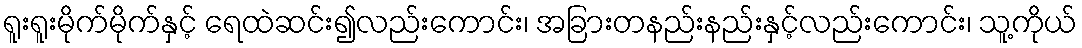
ရူးရူးမိုက်မိုက်နှင့် ရေထဲဆင်း၍လည်းကောင်း၊ အခြားတနည်းနည်းနှင့်လည်းကောင်း၊ သူ့ကိုယ်